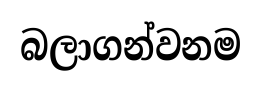
බලාගන්වනම